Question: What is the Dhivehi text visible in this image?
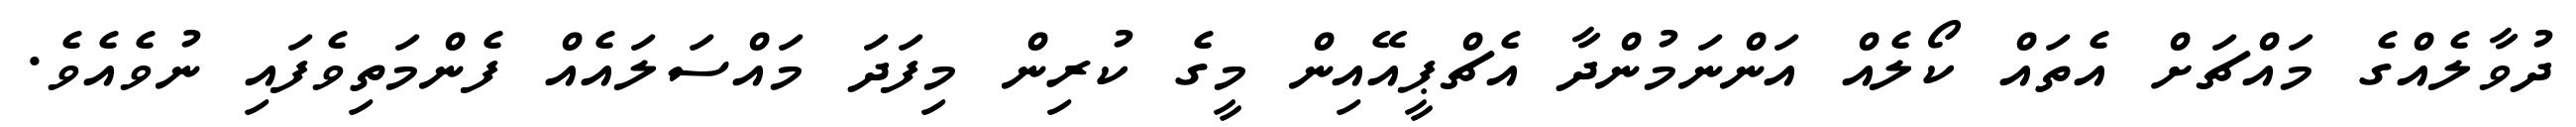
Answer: ދުވާލެއްގެ މައްޗަށް އެތައް ކޯލެއް އަންނަމުންދާ އެޗްޕީއޭއިން މީގެ ކުރިން މިފަދަ މައްސަލައެއް ފެންމަތިވެފައި ނުވެއެވެ.